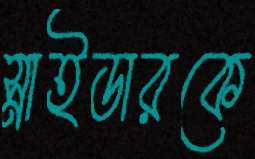
স্নাইডারকে